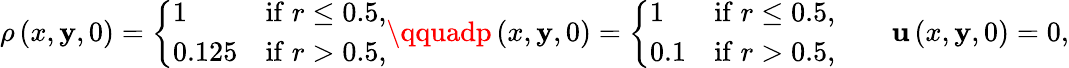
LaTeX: \rho\left(x,\mathbf{y},0\right)=\left\lbrace\begin{array}{lr}{1}&{\mathrm{if}\; r\le 0.5,}\\ {0.125}&{\mathrm{if}\; r>0.5,}\end{array}\right.\qquadp\left(x,\mathbf{y},0\right)=\left\lbrace\begin{array}{lr}{1}&{\mathrm{if}\; r\le 0.5,}\\ {0.1}&{\mathrm{if}\; r>0.5,}\end{array}\right.\qquad\mathbf{{u}}\left(x,\mathbf{y},0\right)=0,